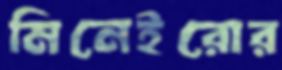
মিনেইরোর